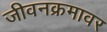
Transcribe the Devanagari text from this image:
जीवनक्रमावर